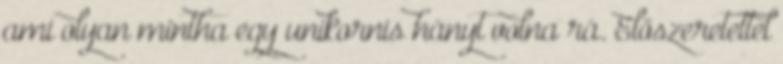
ami olyan mintha egy unikornis hányt volna rá. Előszeretettel